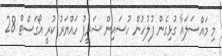
މި މައްސަލައާ ގުޅިގެން ފުލުހުން ހުސައިން ޝަރީފު ހައްޔަރު ކުރީ އޯގަސްޓް 28